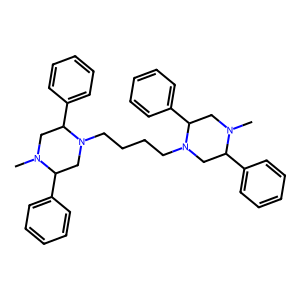
SMILES: CN1CC(c2ccccc2)N(CCCCN2CC(c3ccccc3)N(C)CC2c2ccccc2)CC1c1ccccc1
Inhibits HIV replication: No